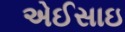
એઈસાઇ